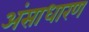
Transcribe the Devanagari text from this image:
अंसाधारण